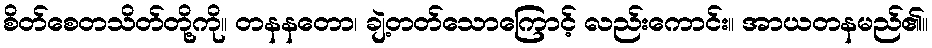
စိတ်စေတသိတ်တို့ကို။ တနနတော၊ ချဲ့တတ်သောကြောင့် လည်းကောင်း။ အာယတနမည်၏။